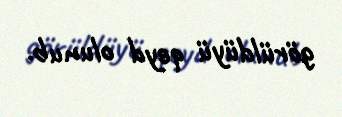
görüldüyü qeyd olunub.